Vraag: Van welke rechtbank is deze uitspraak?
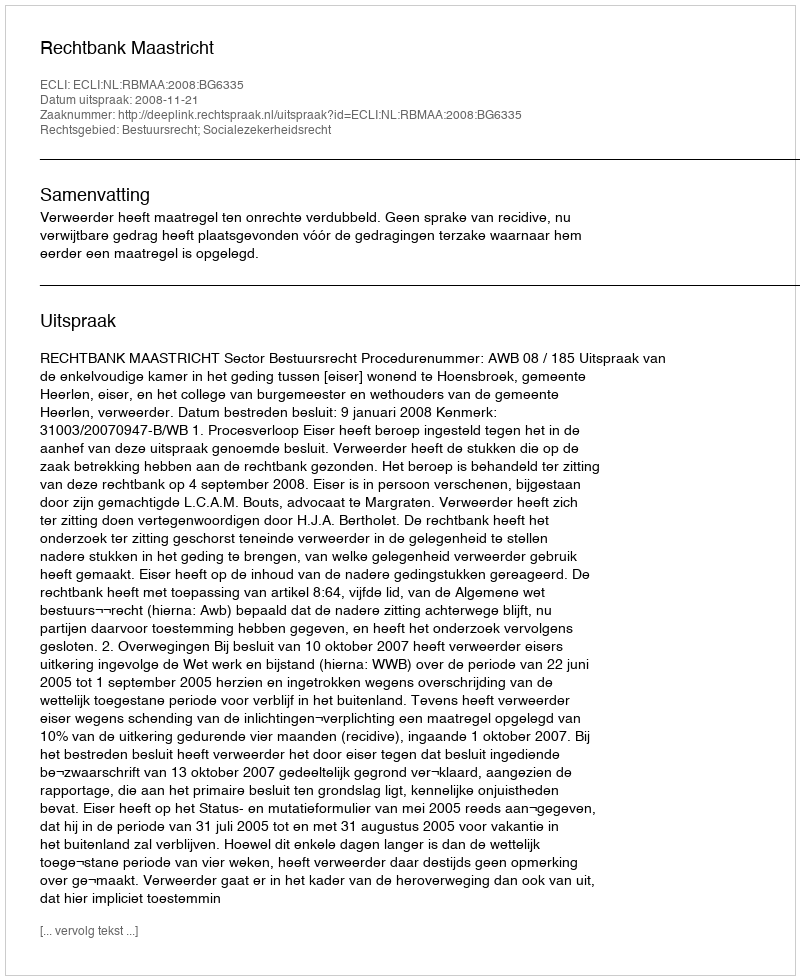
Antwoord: Rechtbank Maastricht